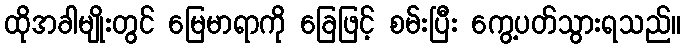
ထိုအခါမျိုးတွင် မြေမာရာကို ခြေဖြင့် စမ်းပြီး ကွေ့ပတ်သွားရသည်။